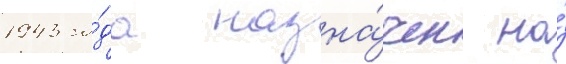
1943 го́да назна́чен на́